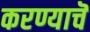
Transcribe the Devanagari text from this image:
करण्याचॆ